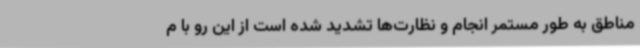
مناطق به طور مستمر انجام و ‌نظارت‌ها تشدید شده است از این رو با م